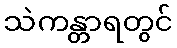
သဲကန္တာရတွင်